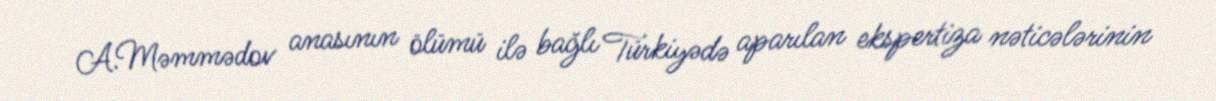
A.Məmmədov anasının ölümü ilə bağlı Türkiyədə aparılan ekspertiza nəticələrinin